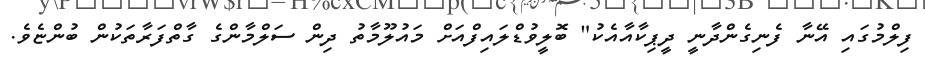
ފިލްމުގައި އޭނާ ފެނިގެންދާނީ ދީޕިކާއާއެކު" ބޮލީވުޑްލައިފްއަށް މައުލޫމާތު ދިން ސަލްމާންގެ ގާތްފަރާތަކުން ބުންޏެވެ.